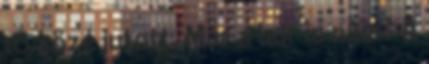
16 közé jutott. Már a bor is náci? A